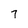
Character: 7